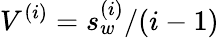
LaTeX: V^{(i)}=s_{w}^{(i)}/(i-1)